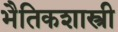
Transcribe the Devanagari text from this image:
भैतिकशास्त्री